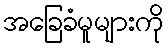
အခြေခံမူများကို